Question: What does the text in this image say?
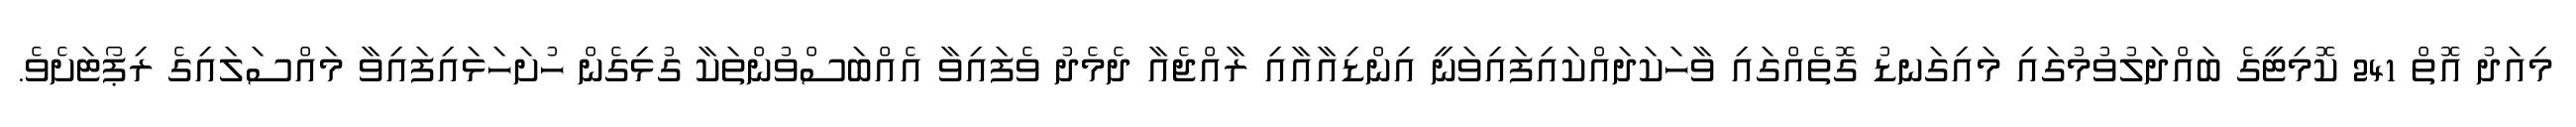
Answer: މިއަދު އޮތް 241 ކޮމިޓީގެ ބައްދަލުވުމުގައި މައިގަނޑު ގޮތެއްގައި ވާހަކަދައްކައިފައިވަނީ އިންޑިއާއާއި ރާއްޖެއާ ދެމެދު ވެފައިވާ އެއްބަސްވުންތަކާ ގުޅިގެން ހުށަހަޅައިފައިވާ މައްސަލައިގެ ރިޕޯޓަށެވެ.